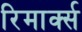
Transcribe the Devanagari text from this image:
रिमार्क्स